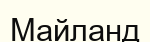
Майланд